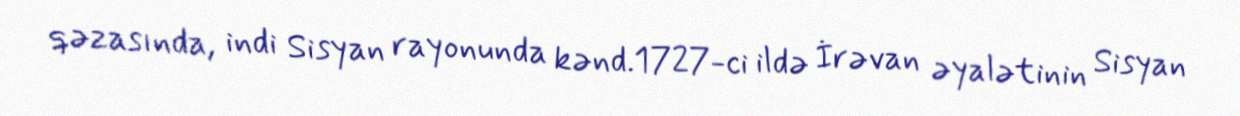
qəzasında, indi Sisyan rayonunda kənd.1727-ci ildə İrəvan əyalətinin Sisyan